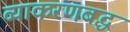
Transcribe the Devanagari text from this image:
व्याकरणबद्ध